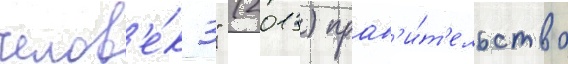
челов'е́к 3" (2013) прав'и́т'ельство